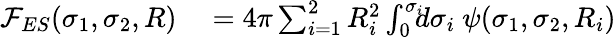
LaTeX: \begin{array}{rl}{{\mathcal F}_{ES}(\sigma_{1},\sigma_{2},R)}&{{}=4\pi\sum_{i=1}^{2}R_{i}^{2}\int_{0}^{\sigma_{i}}\! \! \! d\sigma_{i}~\psi(\sigma_{1},\sigma_{2},R_{i})}\end{array}